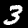
Label: 3